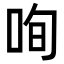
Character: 咰